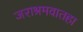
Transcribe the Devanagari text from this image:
जराश्रमवातहा